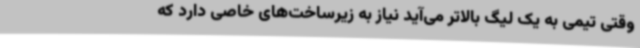
وقتی تیمی به یک لیگ بالاتر می‌آید نیاز به زیرساخت‌های خاصی دارد که